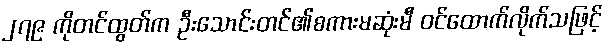
၂၇၉ ကိုတင်ထွတ်က ဦးသောင်းတင်၏စကားမဆုံးမီ ဝင်ထောက်လိုက်သဖြင့်